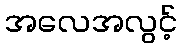
အလေအလွင့်